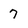
Character: 7